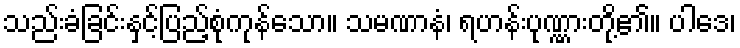
သည်းခံခြင်းနှင့်ပြည့်စုံကုန်သော။ သမဏာနံ၊ ရဟန်းပုဏ္ဏားတို့၏။ ပါဒေ၊